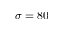
\sigma = 8 0